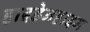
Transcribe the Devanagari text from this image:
हाइडेनहाइम